Madras plague regulations and rules - Volume 2
Disease focus: Plague
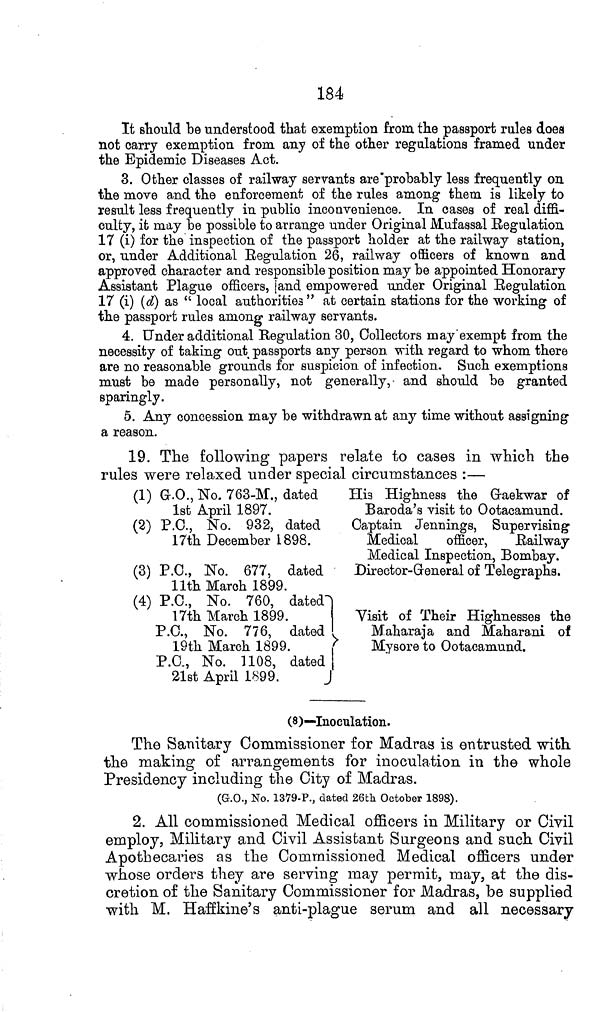
184
It should be understood that exemption from the passport rules does
not carry exemption from any of the other regulations framed under
the Epidemic Diseases Act.
3. Other classes of railway servants are probably less frequently on
the move and the enforcement of the rules among them is likely to
result less frequently in public inconvenience. In cases of real diffi-
culty, it may be possible to arrange under Original Mufassal Regulation
17 (i) for the inspection of the passport holder at the railway station,
or, under Additional Regulation 26, railway officers of known and
approved character and responsible position may be appointed Honorary
Assistant Plague officers, and empowered under Original Regulation
17 (i) (d) as "local authorities" at certain stations for the working of
the passport rules among railway servants.
4. Under additional Regulation 30, Collectors may exempt from the
necessity of taking out passports any person with regard to whom there
are no reasonable grounds for suspicion of infection. Such exemptions
must be made personally, not generally, and should be granted
sparingly.
5. Any concession may be withdrawn at any time without assigning
a reason.
19. The following papers relate to cases in which the
rules were relaxed under special circumstances :—
(1) G.O., No. 763-M., dated
1st April 1897.
(2) P.O., No. 932, dated
17th December 1898.
(3) P.O., No. 677, dated
11th March 1899.
(4) P.C., No. 760,
dated
17th March 1899.
P.C., No. 776, dated
19th March 1899.
P.C., No. 1108,
dated
21st April 1899.
His Highness the Graekwar of
Baroda's visit to Ootacamund.
Captain Jennings, Supervising
Medical
officer,
Railway
Medical Inspection, Bombay.
Director-General of Telegraphs.
Visit of Their Highnesses the
Maharaja and Maharani of
Mysore to Ootaeamund.
(8)—Inoculation.
The Sanitary Commissioner for Madras is entrusted with,
the making of arrangements for inoculation in the whole
Presidency including the City of Madras.
(G.O., No. 1379-P., dated 26th October 1898).
2. All commissioned Medical officers in Military or Civil
employ, Military and Civil Assistant Surgeons and such. Civil
Apothecaries as the Commissioned Medical officers under
whose orders they are serving may permit, may, at the dis-
cretion of the Sanitary Commissioner for Madras, be supplied
with M. Haffkine's anti-plague serum and all necessary